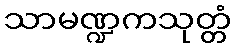
သာမဏ္ဍကသုတ္တံ